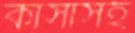
কাঁসাসহ